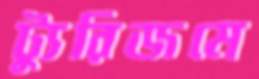
ট্যুরিজমে